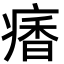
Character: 𩠾